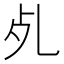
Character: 𣦷